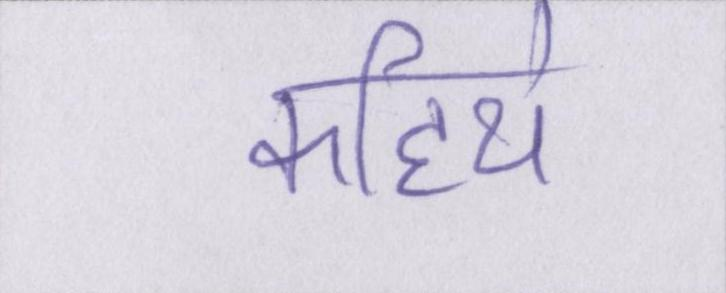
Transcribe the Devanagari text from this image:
कहिये